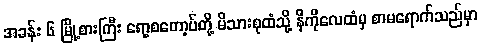
အခန်း ၆ မြို့စားကြီး ရော့စတော့ဗ်တို့ မိသားစုထံသို့ နီကိုလေထံမှ စာမရောက်သည်မှာ